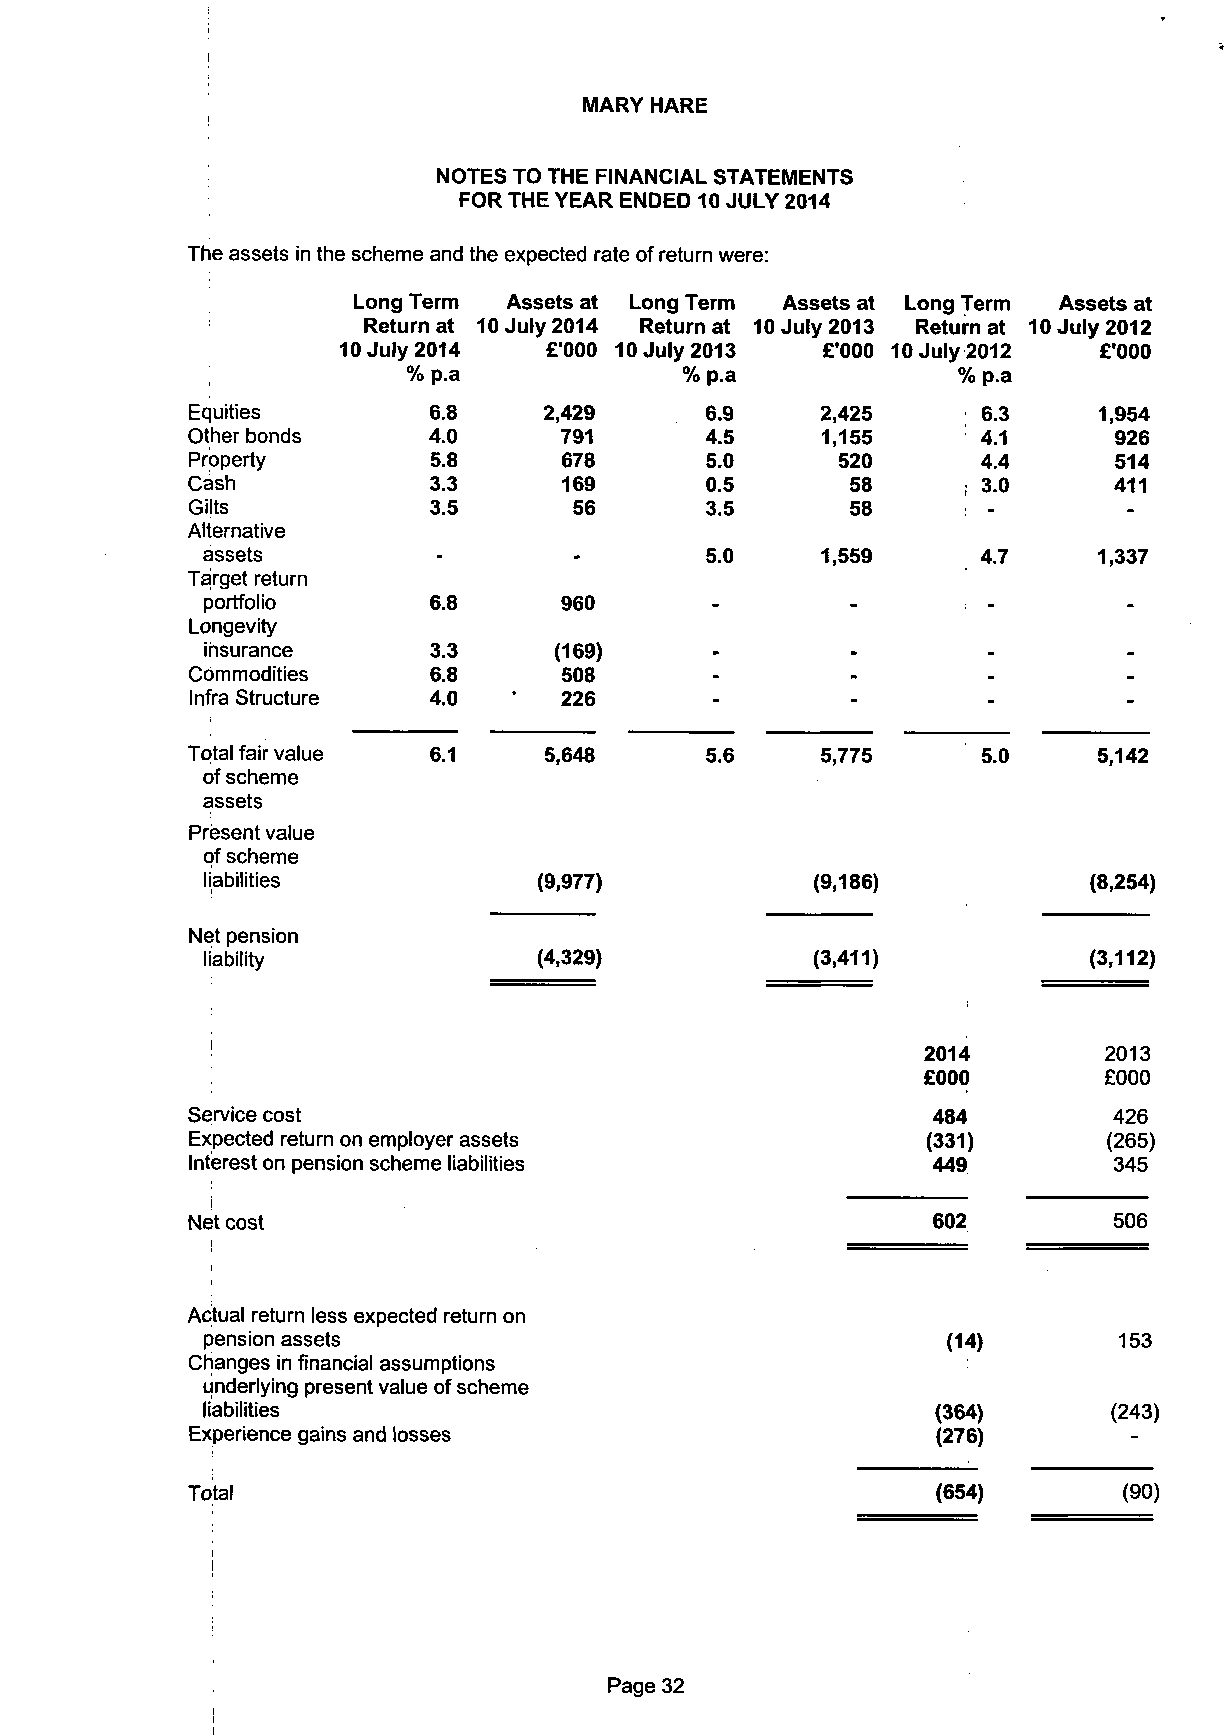
I
 MARY HARE
 NOTES TO THE FINANCIAL STATEMENTS
 FOR THE YEAR ENDED 10 JULY 2014
 The assets in the scheme and the expected rate of return were:
 Long Term  Assets at Long Term Assets at _ong Term Assets at
 Return at 10 July 2014 Return at 10 July 2013 Return at 10 July 2012
 10 July 2014  £'000 10 July 2013 £'000 > July 2012 £'000
 % p.a             % p.a             % p.a
 Equities        6.8     2,429      6.9    2,425      6.3     1,954
 Other bonds     4.0      791       4.5    1,155      4.1      926
 Property         5.8     678       5.0     520       4.4      514
 Cash            3.3      169       0.5      58      ; 3.0     411
 Gilts           3.5       56       3.5      58
 Alternative
 assets          -        -        5.0    1,559      4.7     1,337
 Target return
 portfolio      6.8      960       -        -
 Longevity
 insurance     3.3      (169)     -        -
 Commodities     6.8      508       -
 Infra Structure 4.0     226       -        -
 Total fair value 6.1    5,648      5.6    55,,777755 5.0     5,142
 of scheme
 assets
 Present value
 of scheme
 liabilities           (9,977)           (9,186)           (8,254)
 Net pension
 liability              (4,329)           (3,411)           (3,112)
 2014        2013
 £000        £000
 Service cost                                      484         426
 Expected return on employer assets              (331)       (265)
 Interest on pension scheme liabilities           449         345
 j
 Net cost                                          602         506
 Actual return less expected return on
 pension assets                                    (14)       153
 Changes in financial assumptions
 underlying present value of scheme
 liabilities                                      (364)       (243)
 Experience gains and losses                      (276)
 Total                                             (654)       (90)
 Page 32
 i